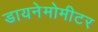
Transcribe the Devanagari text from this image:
डायनेमोमीटर